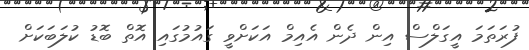
ފުރަތަމަ އީގަލްސް އިން ދެން އެއިމް އަކަށްވީ ގައުމުގައި އޮތް ބޮޑު ކުލަބަކަށް